Scottish Leaving Certificate Examination, 1955
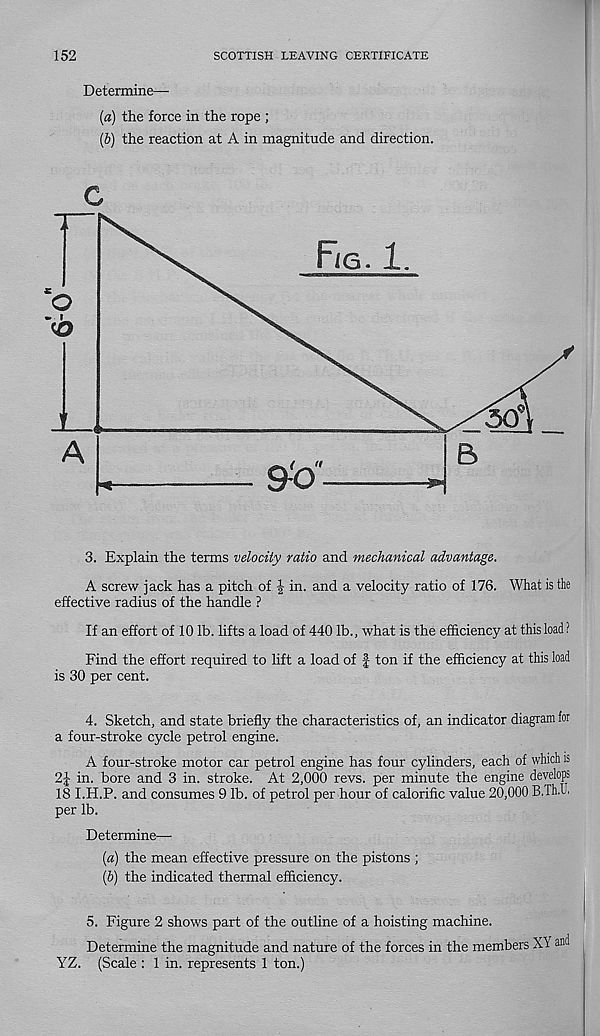
152
SCOTTISH LEAVING CERTIFICATE
Determine—
[а) the force in the rope ;
(б) the reaction at A in magnitude and direction.
Fig. 1
o
50
A
B
9<}
p
3. Explain the terms velocity ratio and mechanical advantage.
A screw jack has a pitch of J in. and a velocity ratio of 176. What is the
effective radius of the handle ?
If an effort of 10 lb. lifts a load of 440 lb., what is the efficiency at this load ?
Find the effort required to lift a load of | ton if the efficiency at this load
is 30 per cent.
4. Sketch, and state briefly the characteristics of, an indicator diagram for
a four-stroke cycle petrol engine.
A four-stroke motor car petrol engine has four cylinders, each of which is
2| in. bore and 3 in. stroke. At 2,000 revs, per minute the engine develops
18 I.H.P. and consumes 9 lb. of petrol per hour of calorific value 20,000 B.Th.l.
per lb.
Determine—
[а) the mean effective pressure on the pistons ;
(б) the indicated thermal efficiency.
5. Figure 2 shows part of the outline of a hoisting machine.
Determine the magnitude and nature of the forces in the members XY and
YZ. (Scale : 1 in. represents 1 ton.)